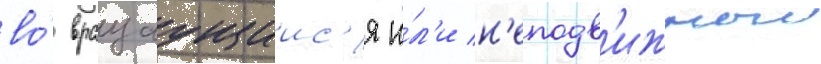
во́ вращаущиис'я и́л'и н'еподв'ижныи